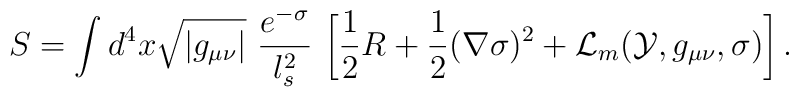
S = \int d^4 x \sqrt{|g_{\mu\nu}|}\ \frac{e^{-\sigma}}{  l_s^2}\,\left[{1\over 2} R +{1\over 2}(\nabla\sigma)^2 + {\cal L}_m({\cal Y}, g_{\mu\nu}, \sigma) \right] .